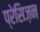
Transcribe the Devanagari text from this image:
प्रेसिज़न